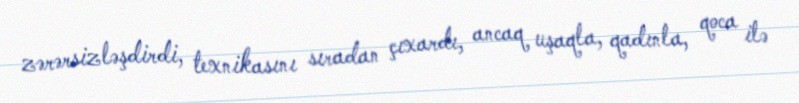
zərərsizləşdirdi, texnikasını sıradan çıxardı, ancaq uşaqla, qadınla, qoca ilə